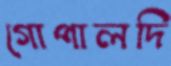
গোপালদি